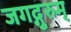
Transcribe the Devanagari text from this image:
जगद्गुरुम्